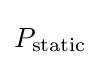
P_{\text{static}}